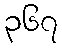
၃၆၇